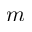
m